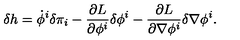
\delta h = \dot { \phi } ^ { i } \delta \pi _ { i } - \frac { \partial L } { \partial \phi ^ { i } } \delta \phi ^ { i } - \frac { \partial L } { \partial \nabla \phi ^ { i } } \delta \nabla \phi ^ { i } .